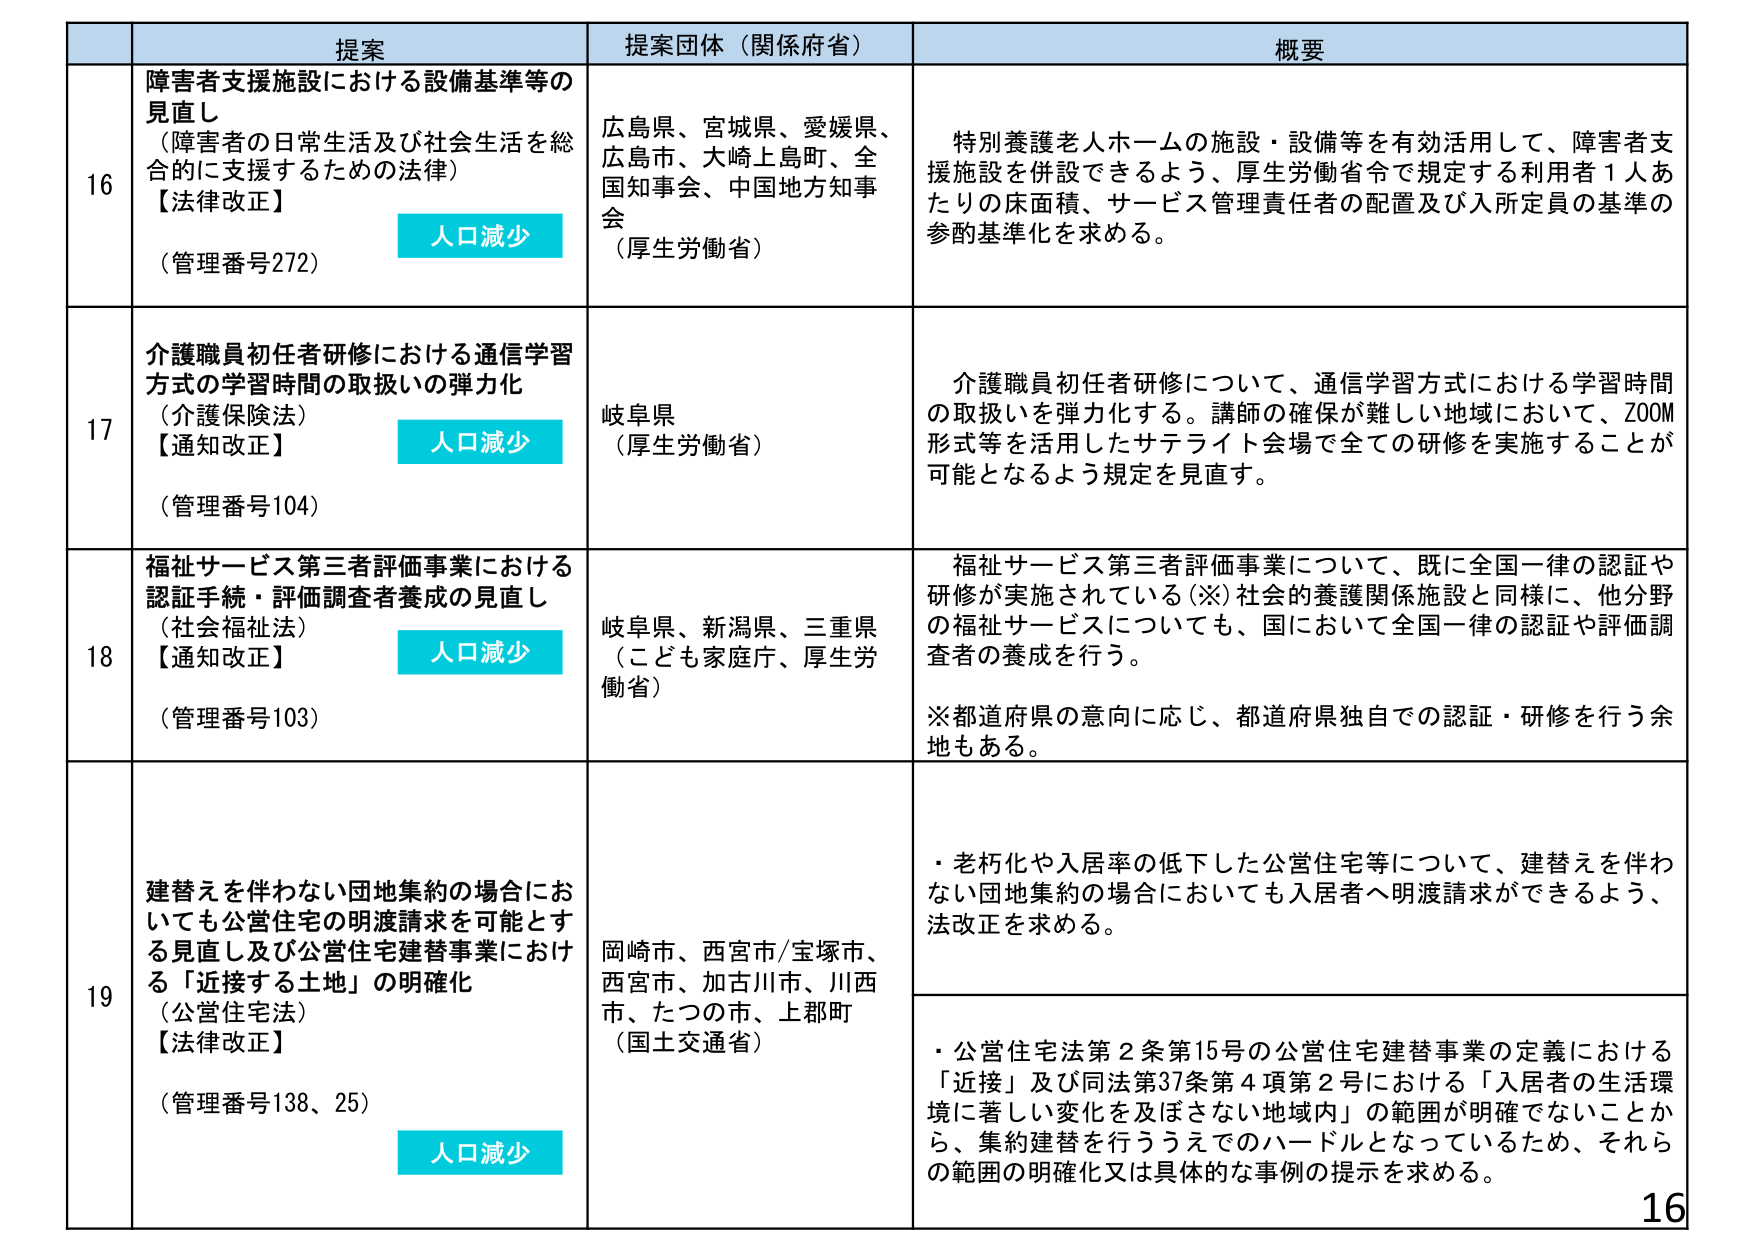
16
提案
提案団体（関係府省）
概要

障害者支援施設における設備基準等の見直し
（障害者の日常生活及び社会生活を総合的に支援するための法律）
【法律改正】
（管理番号272）
人口減少
広島県、宮城県、愛媛県、広島市、大崎上島町、全国知事会、中国地方知事会
（厚生労働省）
特別養護老人ホームの施設・設備等を有効活用して、障害者支援施設を併設できるよう、厚生労働省令で規定する利用者1人あたりの床面積、サービス管理責任者の配置及び入所定員の基準の参酌基準化を求める。

17
介護職員初任者研修における通信学習方式の学習時間の取扱いの弾力化
（介護保険法）
【通知改正】
（管理番号104）
人口減少
岐阜県
（厚生労働省）
介護職員初任者研修について、通信学習方式における学習時間の取扱いを弾力化する。講師の確保が難しい地域において、ZOOM形式等を活用したサテライト会場で全ての研修を実施することが可能となるよう規定を見直す。

18
福祉サービス第三者評価事業における認証手続・評価調査者養成の見直し
（社会福祉法）
【通知改正】
（管理番号103）
人口減少
岐阜県、新潟県、三重県
（こども家庭庁、厚生労働省）
福祉サービス第三者評価事業について、既に全国一律の認証や研修が実施されている（※）社会的養護関係施設と同様に、他分野の福祉サービスについても、国において全国一律の認証や評価調査者の養成を行う。
※都道府県の意向に応じ、都道府県独自での認証・研修を行う余地もある。

19
建替えを伴わない団地集約の場合においても公営住宅の明渡請求を可能とする見直し及び公営住宅建替事業における「近接する土地」の明確化
（公営住宅法）
【法律改正】
（管理番号138、25）
人口減少
岡崎市、西宮市/宝塚市、西宮市、加古川市、川西市、たつの市、上郡町
（国土交通省）
・老朽化や入居率の低下した公営住宅等について、建替えを伴わない団地集約の場合においても入居者へ明渡請求ができるよう、法改正を求める。
・公営住宅法第2条第15号の公営住宅建替事業の定義における「近接」及び同法第37条第4項第2号における「入居者の生活環境に著しい変化を及ぼさない地域内」の範囲が明確でないことから、集約建替を行ううえでのハードルとなっているため、それらの範囲の明確化又は具体的な事例の提示を求める。

16